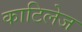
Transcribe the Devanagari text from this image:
काटिलेज